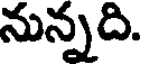
నున్నది.